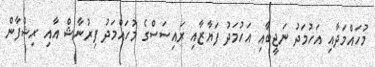
މުހައްމަދާއި އަހުމަދު ނަޖީބާއި އަހުމަދު ފަޔާޒާއި ރައިސަސްގެ މުހައްމަދު ފިރުނާޝް އާއި ރިޝްފާން